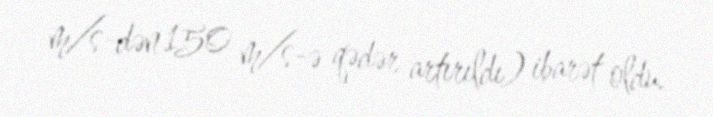
m/s-dən 150 m/s-ə qədər artırıldı) ibarət oldu.